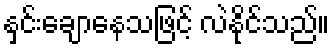
နှင်းချောနေသဖြင့် လဲနိုင်သည်။